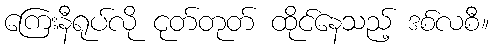
ကြေးနီရုပ်လို ငုတ်တုတ် ထိုင်နေသည့် ဒစ်လစီ။